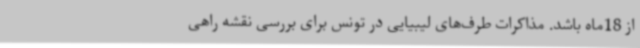
از 18ماه باشد. مذاکرات طرف‌های لیبیایی در تونس برای بررسی نقشه راهی